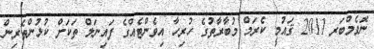
ނޮވެމްބަރ 2011 ޤައުމީ ކެރަމް މުބާރާތުގެ ހުރިހާ އިވެންޓެއްގެ ފައިނަލް ތަކަށް ކުޅުންތެރިން